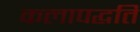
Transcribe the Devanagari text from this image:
कलापद्धति